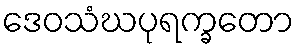
ဒေဝသံဃပုရက္ခတော